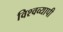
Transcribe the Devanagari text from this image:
विश्वव्‍यापी